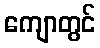
ကျောတွင်